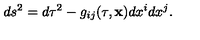
d s ^ { 2 } = d \tau ^ { 2 } - g _ { i j } ( \tau , { \bf x } ) d x ^ { i } d x ^ { j } .